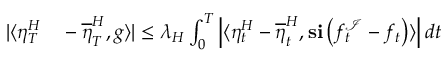
\begin{array} { r l } { | \langle \eta _ { T } ^ { H } } & { { } - \overline { { \eta } } _ { T } ^ { H } , g \rangle | \leq \lambda _ { H } \int _ { 0 } ^ { T } \left| \langle \eta _ { t } ^ { H } - \overline { { \eta } } _ { t } ^ { H } , \mathbf { s } \mathbf { i } \left( f _ { t } ^ { \mathcal { I } } - f _ { t } \right) \rangle \right| d t } \end{array}